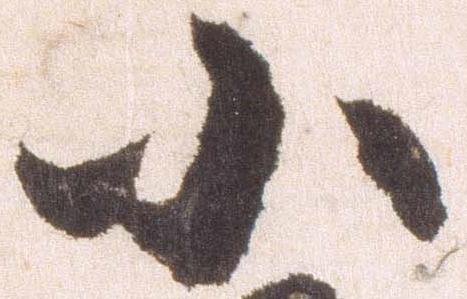
小